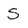
Character: S